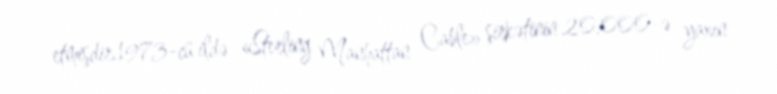
etmişdir.1973-cü ildə «Sterling Manhattan Cable» şirkətinin 20.000-ə yaxın